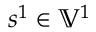
s ^ { 1 } \in \mathbb { V } ^ { 1 }